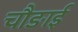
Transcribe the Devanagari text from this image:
चौङाई